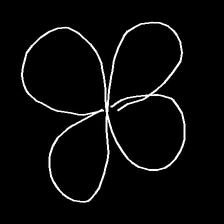
Glyph: billowing